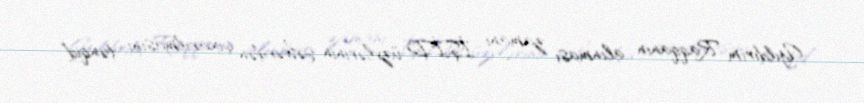
Yıldırım Raqqanın alınması zamanı İŞİD üzvlərinin şəhərdən çıxarılmasını tənqid